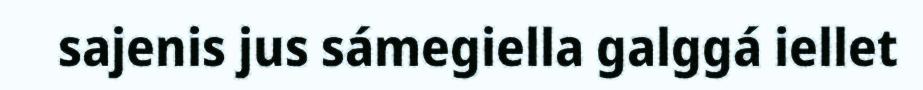
sajenis jus sámegiella galggá iellet